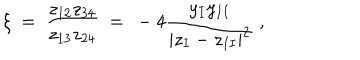
LaTeX: \xi \ = \ \frac { z _ { 1 2 } z _ { 3 4 } } { z _ { 1 3 } z _ { 2 4 } } \ = \ - 4 \frac { y _ { I } y _ { I I } } { | z _ { I } - z _ { I I } | ^ { 2 } } \ ,